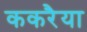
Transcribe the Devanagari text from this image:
ककरैया